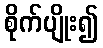
စိုက်ပျိုး၍